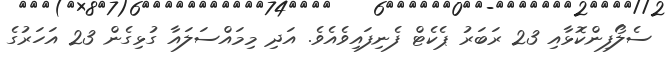
ސެލޯފިންކޮޅާއި 23 ރަބަރު ޕެކެޓް ފެނިފައިވެއެވެ. އަދި މިމައްސަލައާ ގުޅިގެން 23 އަހަރުގެ